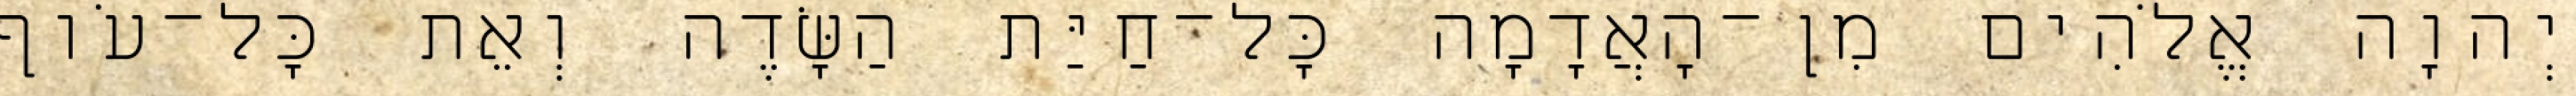
יְהוָה אֱלֹהִים מִן־הָאֲדָמָה כָּל־חַיַּת הַשָּׂדֶה וְאֵת כָּל־עֹוף